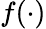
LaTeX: f(\cdot)